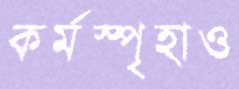
কর্মস্পৃহাও